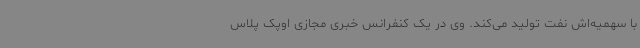
با سهمیه‌اش نفت تولید می‌کند. وی در یک کنفرانس خبری مجازی اوپک پلاس